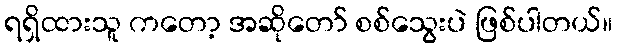
ရရှိထားသူ ကတော့ အဆိုတော် စစ်သွေးပဲ ဖြစ်ပါတယ်။